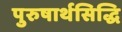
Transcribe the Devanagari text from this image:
पुरुषार्थसिद्धि